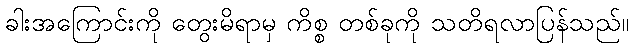
ခါးအကြောင်းကို တွေးမိရာမှ ကိစ္စ တစ်ခုကို သတိရလာပြန်သည်။